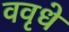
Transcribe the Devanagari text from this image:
ववृधे